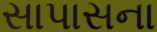
સાપાસના